Lock hospitals Punjab
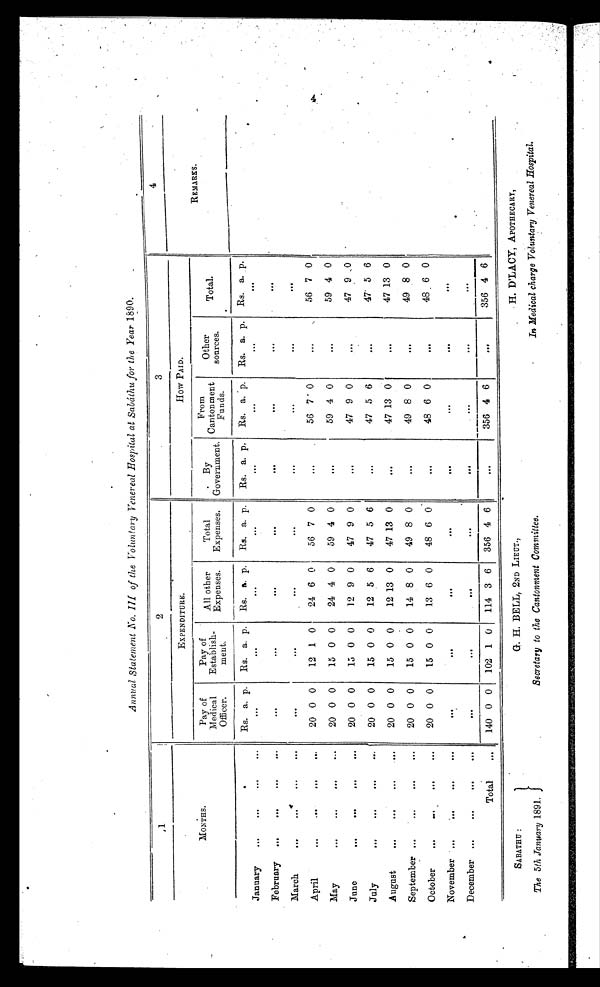
SABATHU :
The 5th January 1891.
G H. BELL, 2ND LIEUT.,
Secretary to the Cantonment Committee.
•H. D'LACY, APOTHECARY,
In Medical charge Voluntary Venereal Hospital.
Annual Statement No. Ill of the Voluntary Venereal Hospital at Sabathu for the Year 1890.
1
2
3
4
MONTHS.
EXPENDITURE.
How PAID.
Pay of
Medical
Officer.
Pay of
Establish-
ment.
All other
Expenses.
Total
Expenses.
By
Government.
From
Cantonment
Funds.
Other
sources.
Total.
REMARKS.
Rs. a. p.
Rs. a. p.
Rs. a. p.
Rs. a. p.
Rs. a. p.
Rs. a. p.
Rs. a. p.
Rs. a. p.
.
January
...
. . .
...
. . .
...
. . .
...
...
. . .
. . .
. . .
...
February ...
...
. . .
. . .
. . .
. . .
. .
. . .
. . .
. . .
. . .
...
March
. .
. . .
...
...
. . .
...
. . .
. . .
...
. . .
. . .
...
April
. . .
. . .
. . .
.....
20 0 0
12 1 0
24 6 0
56 7 0
. . . 56 7 0
. . . 56 7 0
May
. .
. . .
. . .
...
20 0 0
15 0 0
24 4 0
59 4 0
...
59 4 0
. . . 59 4 0
June
...
. . .
. . .
...
20 0
0
1 5 0 0
12 9 0
47 9 0
...
47 9 0 ...
47
9 0
July
...
. . .
. . .
...
20 0 0
15 0 0
12 5 6
47 5 6
.
. .
47 5 6
. . . 47 5 6
August
...
...
...
...
20 0 0
15 0 0
12 13 0
47 13 0
...
47 13 0
. . . 47 13 0
September ...
. . .
...
. . .
20 0 0
15 0 0
14 8 0
49 8 0
. . .
49 8 0
...
49 8 0
October
. . .
...
. . .
...
20 0 0
15 0 0
13 6 0
48 6 0
...
48 6 0
. . .
4 8
6 0
November ...
...
. . .
. . .
. . .
. . .
. . .
. . .
. . .
. . .
. . .
. . .
D ecember ...
...
...
...
...
...
. . .
. . .
. . .
. . . .
. . . .
. . .
Total
. . .
140 0 0
102 1 0
114 3 6
356 4 6
...
356 4 6
. . .
356 4 6